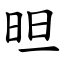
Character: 㫜